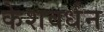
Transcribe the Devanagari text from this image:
केशवर्धन